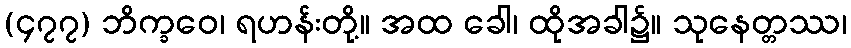
(၄၇၇) ဘိက္ခဝေ၊ ရဟန်းတို့။ အထ ခေါ၊ ထိုအခါ၌။ သုနေတ္တဿ၊